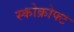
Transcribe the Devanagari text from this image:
स्कोक्रोफ्ट